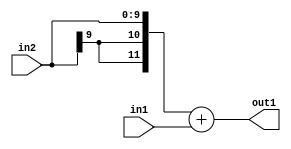
`timescale 1ps / 1ps
/*****************************************************************************
    Verilog RTL Description
    
    
    Created by: Stratus DpOpt 2019.1.01 
*******************************************************************************/

module SobelFilter_Add_10Sx10U_12S_4 (
	in2,
	in1,
	out1
	); /* architecture "behavioural" */ 
input [9:0] in2,
	in1;
output [11:0] out1;
wire [11:0] asc001;

assign asc001 = 
	+({{2{in2[9]}}, in2})
	+(in1);

assign out1 = asc001;
endmodule

/* CADENCE  ubHzTwk= : u9/ySgnWtBlWxVPRXgAZ4Og= ** DO NOT EDIT THIS LINE ******/